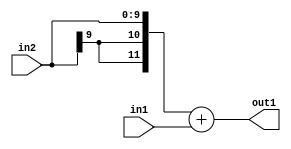
`timescale 1ps / 1ps
/*****************************************************************************
    Verilog RTL Description
    
    
    Created by: Stratus DpOpt 2019.1.01 
*******************************************************************************/

module SobelFilter_Add_10Sx10U_12S_4 (
	in2,
	in1,
	out1
	); /* architecture "behavioural" */ 
input [9:0] in2,
	in1;
output [11:0] out1;
wire [11:0] asc001;

assign asc001 = 
	+({{2{in2[9]}}, in2})
	+(in1);

assign out1 = asc001;
endmodule

/* CADENCE  ubHzTwk= : u9/ySgnWtBlWxVPRXgAZ4Og= ** DO NOT EDIT THIS LINE ******/